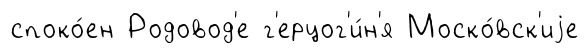
споко́ен Родовод'е г'ерцог'и́н'я Моско́вск'иjе